Problem: 35 + 22 = ?
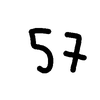
Handwritten answer: 57